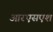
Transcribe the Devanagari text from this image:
आरएसएश